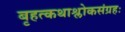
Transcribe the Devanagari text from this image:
बृहत्कथाश्लोकसंग्रहः